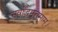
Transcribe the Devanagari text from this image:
सवर्द्धिमुत्तमाम्‌।